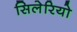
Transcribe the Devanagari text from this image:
सिलेरियो